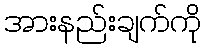
အားနည်းချက်ကို